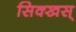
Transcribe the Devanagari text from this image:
सिक्खस्